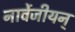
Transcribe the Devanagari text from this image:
नार्वेजीयन्